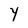
Character: Y